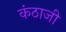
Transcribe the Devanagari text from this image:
कंठाजी